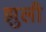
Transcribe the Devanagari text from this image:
झुली